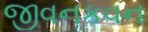
જીવનકવન